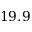
1 9 . 9